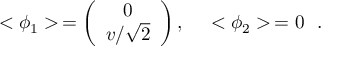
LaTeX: < \phi _ { 1 } > \, = \left( \begin{array} { c } { { 0 } } \\ { { { v / \sqrt { 2 } } } } \end{array} \right) , \ \ \ \ < \phi _ { 2 } > \, = 0 \, \, \, \, .